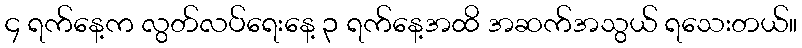
၄ ရက်နေ့က လွတ်လပ်ရေးနေ့ ၃ ရက်နေ့အထိ အဆက်အသွယ် ရသေးတယ်။